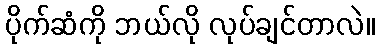
ပိုက်ဆံကို ဘယ်လို လုပ်ချင်တာလဲ။